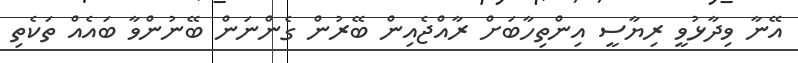
އޭނާ ވިދާޅުވީ ރިޔާސީ އިންތިހާބަށް ރާއްޖެއިން ބޭރުން ގެންނަން ބޭނުންވާ ބައެއް ތަކެތި